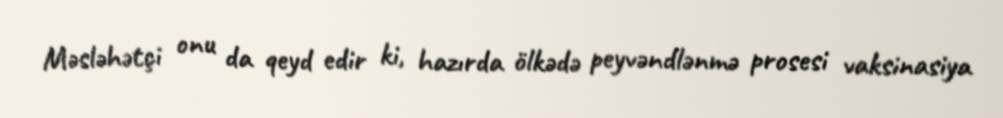
Məsləhətçi onu da qeyd edir ki, hazırda ölkədə peyvəndlənmə prosesi vaksinasiya